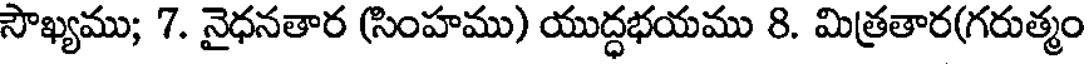
సౌఖ్యము; 7. నైధనతార (సింహము) యుద్ధభయము 8. మిత్రతార(గరుత్మం